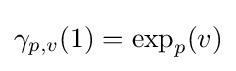
\gamma _{p,v}(1)=\exp _{p}(v)